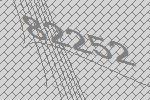
82252